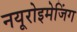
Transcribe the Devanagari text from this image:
नयूरोइमेजिंग